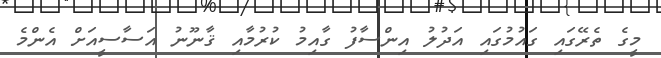
މީގެ ތެރޭގައި ގައުމުގައި އަދުލު އިންސާފު ގާއިމު ކުރުމާއި ޤާނޫނު އަސާސީއަށް އެންމެ